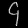
Digit: ၄